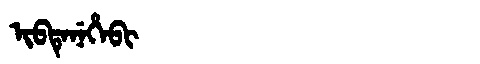
Manchu: ᡳᠪᡨᡝᠨᡝᡥᡝᠪᡳ
Romanization: IBTENEHEBI